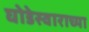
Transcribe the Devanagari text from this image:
घोडेस्वाराच्या